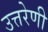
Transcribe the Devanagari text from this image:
उत्तरेणी